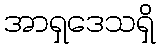
အာရှဒေသရှိ